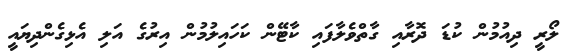
ލޯރީ ދިއުމުން ކުޑަ ދޮރާއި ގާތްވެލާފައި ކާޓޭން ކަހައިލުމުން އިރުގެ އަލި އެޅިގެންދިޔައީ